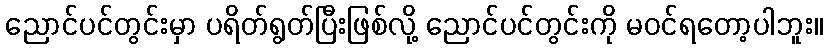
ညောင်ပင်တွင်းမှာ ပရိတ်ရွတ်ပြီးဖြစ်လို့ ညောင်ပင်တွင်းကို မဝင်ရတော့ပါဘူး။